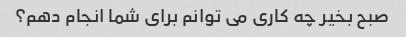
صبح بخیر چه کاری می توانم برای شما انجام دهم؟